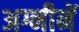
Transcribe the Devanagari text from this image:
अग्नीनें